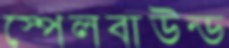
স্পেলবাউন্ড